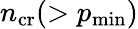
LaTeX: n_{\mathrm{cr}}(>p_{\mathrm{min}})